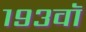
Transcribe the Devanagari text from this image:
१९३वॉ